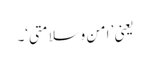
یعنی ’ امن وسلامتی‘۔